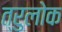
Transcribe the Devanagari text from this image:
त्रुलोक